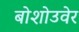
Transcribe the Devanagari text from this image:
बोशोउवेर